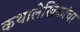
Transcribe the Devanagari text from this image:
कथालेखिकांचा